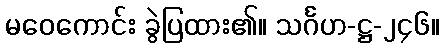
မဝေကောင်း ခွဲပြထား၏။ သင်္ဂဟ-ဋ္ဌ-၂၄၆။